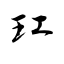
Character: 玒